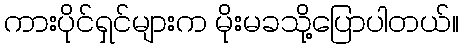
ကားပိုင်ရှင်များက မိုးမခသို့ပြောပါတယ်။